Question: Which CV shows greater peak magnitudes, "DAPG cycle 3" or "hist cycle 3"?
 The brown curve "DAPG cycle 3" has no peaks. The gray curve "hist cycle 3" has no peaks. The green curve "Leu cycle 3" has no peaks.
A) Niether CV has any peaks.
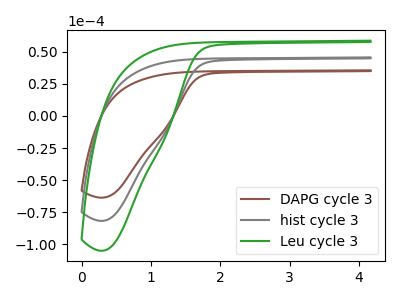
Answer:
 <answer>A) Niether CV has any peaks.</answer>
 <eval>A</eval>